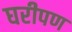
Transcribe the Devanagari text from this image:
घरीपण